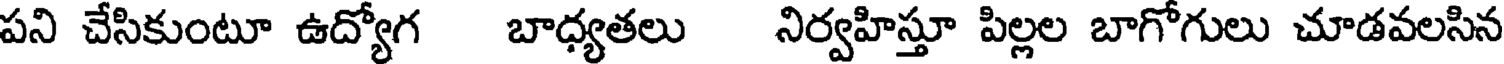
పని చేసికుంటూ ఉద్యోగ బాధ్యతలు నిర్వహిస్తూ పిల్లల బాగోగులు చూడవలసిన